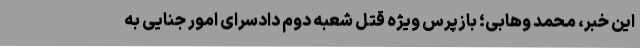
این خبر، محمد وهابی؛ بازپرس ویژه قتل شعبه دوم دادسرای امور جنایی به